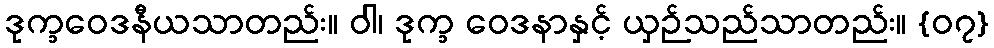
ဒုက္ခဝေဒနီယသာတည်း။ ဝါ၊ ဒုက္ခ ဝေဒနာနှင့် ယှဉ်သည်သာတည်း။ {၀၇}